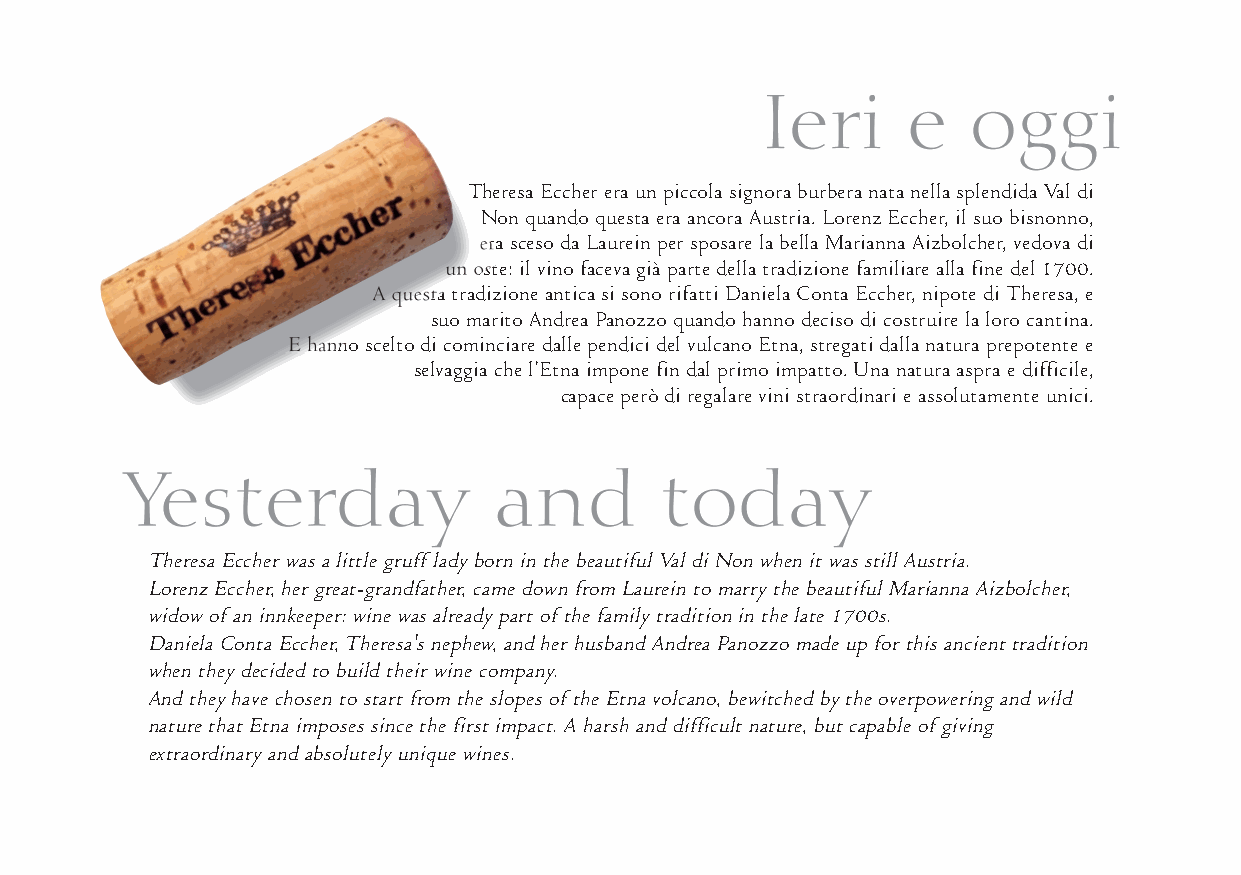
Theresa Eccher era un piccola signora burbera nata nella splendida Val di
 Non quando questa era ancora Austria. Lorenz Eccher, il suo bisnonno,
 era sceso da Laurein per sposare la bella Marianna Aizbolcher, vedova di
 un oste: il vino faceva già parte della tradizione familiare alla fine del 1700.
 A questa tradizione antica si sono rifatti Daniela Conta Eccher, nipote di Theresa, e
 suo marito Andrea Panozzo quando hanno deciso di costruire la loro cantina.
 E hanno scelto di cominciare dalle pendici del vulcano Etna, stregati dalla natura prepotente e
 selvaggia che l’Etna impone fin dal primo impatto. Una natura aspra e difficile,
 capace però di regalare vini straordinari e assolutamente unici.
 Theresa Eccher was a little gruff lady born in the beautiful Val di Non when it was still Austria.
 Lorenz Eccher, her great-grandfather, came down from Laurein to marry the beautiful Marianna Aizbolcher,
 widow of an innkeeper: wine was already part of the family tradition in the late 1700s.
 Daniela Conta Eccher, Theresa's nephew, and her husband Andrea Panozzo made up for this ancient tradition
 when they decided to build their wine company.
 And they have chosen to start from the slopes of the Etna volcano, bewitched by the overpowering and wild
 nature that Etna imposes since the first impact. A harsh and difficult nature, but capable of giving
 extraordinary and absolutely unique wines.